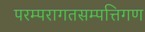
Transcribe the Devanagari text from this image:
परम्परागतसम्पत्तिगण